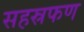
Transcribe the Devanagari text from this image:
सहस्रफण